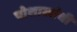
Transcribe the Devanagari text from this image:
पोशाखांची